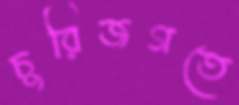
চুরিজগতে